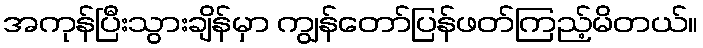
အကုန်ပြီးသွားချိန်မှာ ကျွန်တော်ပြန်ဖတ်ကြည့်မိတယ်။